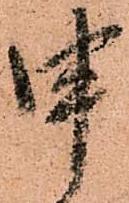
申